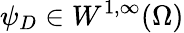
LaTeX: \psi_{D}\in W^{1,\infty}(\Omega)